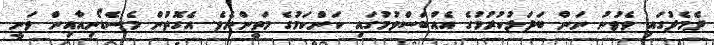
ދެމެދުގައި ވެވުނު ނަން ބަދަލުކުރުމުގެ އެއްބަސްވުމުގައި ކަންކަމުގެ މަތީންނެވެ. އެގޮތުން މެސެޑޯނިއާއިން ވަނީ